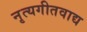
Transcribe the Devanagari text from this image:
नृत्यगीतवाद्य